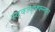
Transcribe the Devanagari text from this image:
स्द्क्ज्फ्फ्फ्न्न्व्न